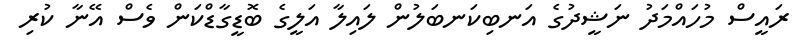
ރައީސް މުހައްމަދު ނަޝީދުގެ އަނބިކަނބަލުން ލައިލާ އަލީގެ ބޮޑީގާޑްކަން ވެސް އޭނާ ކުރި